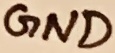
Text: GND